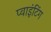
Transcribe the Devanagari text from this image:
प्वाइंटिंग